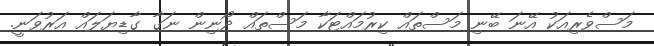
މަސްވެރިއަކު އޭނަ ބޭނި މަސްތައް ކިރުމައްޓަކާ މަސްތައް ދޯނިން ނަގާ ގާޑިޔަލައް އަރުވަނީ.